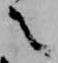
言